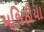
મજિઠીયા